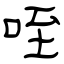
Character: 咥